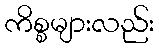
ကိစ္စများလည်း